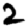
Digit: 2